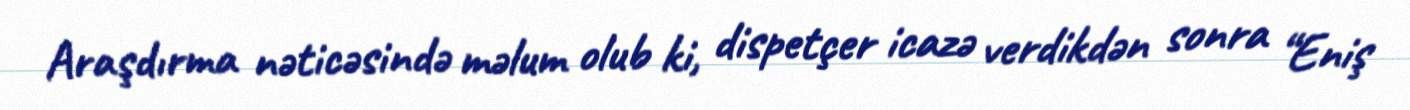
Araşdırma nəticəsində məlum olub ki, dispetçer icazə verdikdən sonra “Eniş